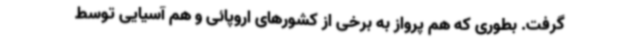
گرفت. بطوری که هم پرواز به برخی از کشورهای اروپائی و هم آسیایی توسط